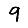
Digit: 9